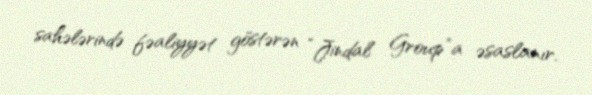
sahələrində fəaliyyət göstərən “Jindal Group”a əsaslanır.